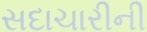
સદાચારીની